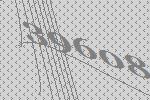
39608